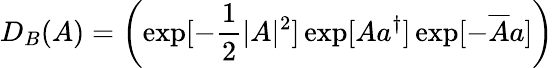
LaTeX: D_{B}(A)=\left(\exp[-\frac{1}{2}|A|^{2}]\exp[Aa^{\dagger}]\exp[-\overline{{{A}}}a]\right)